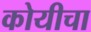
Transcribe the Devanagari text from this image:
कोयीचा